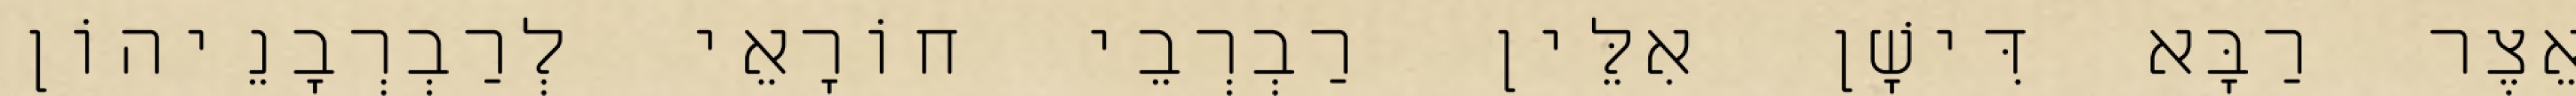
אֵצֶר רַבָּא דִּישָׁן אִלֵּין רַבְרְבֵי חוֹרָאֵי לְרַבְרְבָנֵיהוֹן